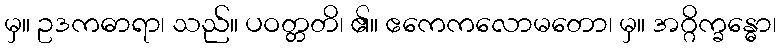
မှ။ ဥဒကဓာရာ၊ သည်။ ပဝတ္တတိ၊ ၏။ ဧကေကလောမတော၊ မှ။ အဂ္ဂိက္ခန္ဓော၊